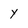
Character: y